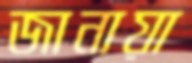
জানায়া